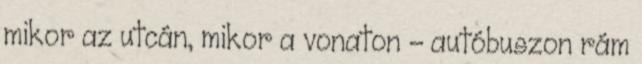
mikor az utcán, mikor a vonaton - autóbuszon rám